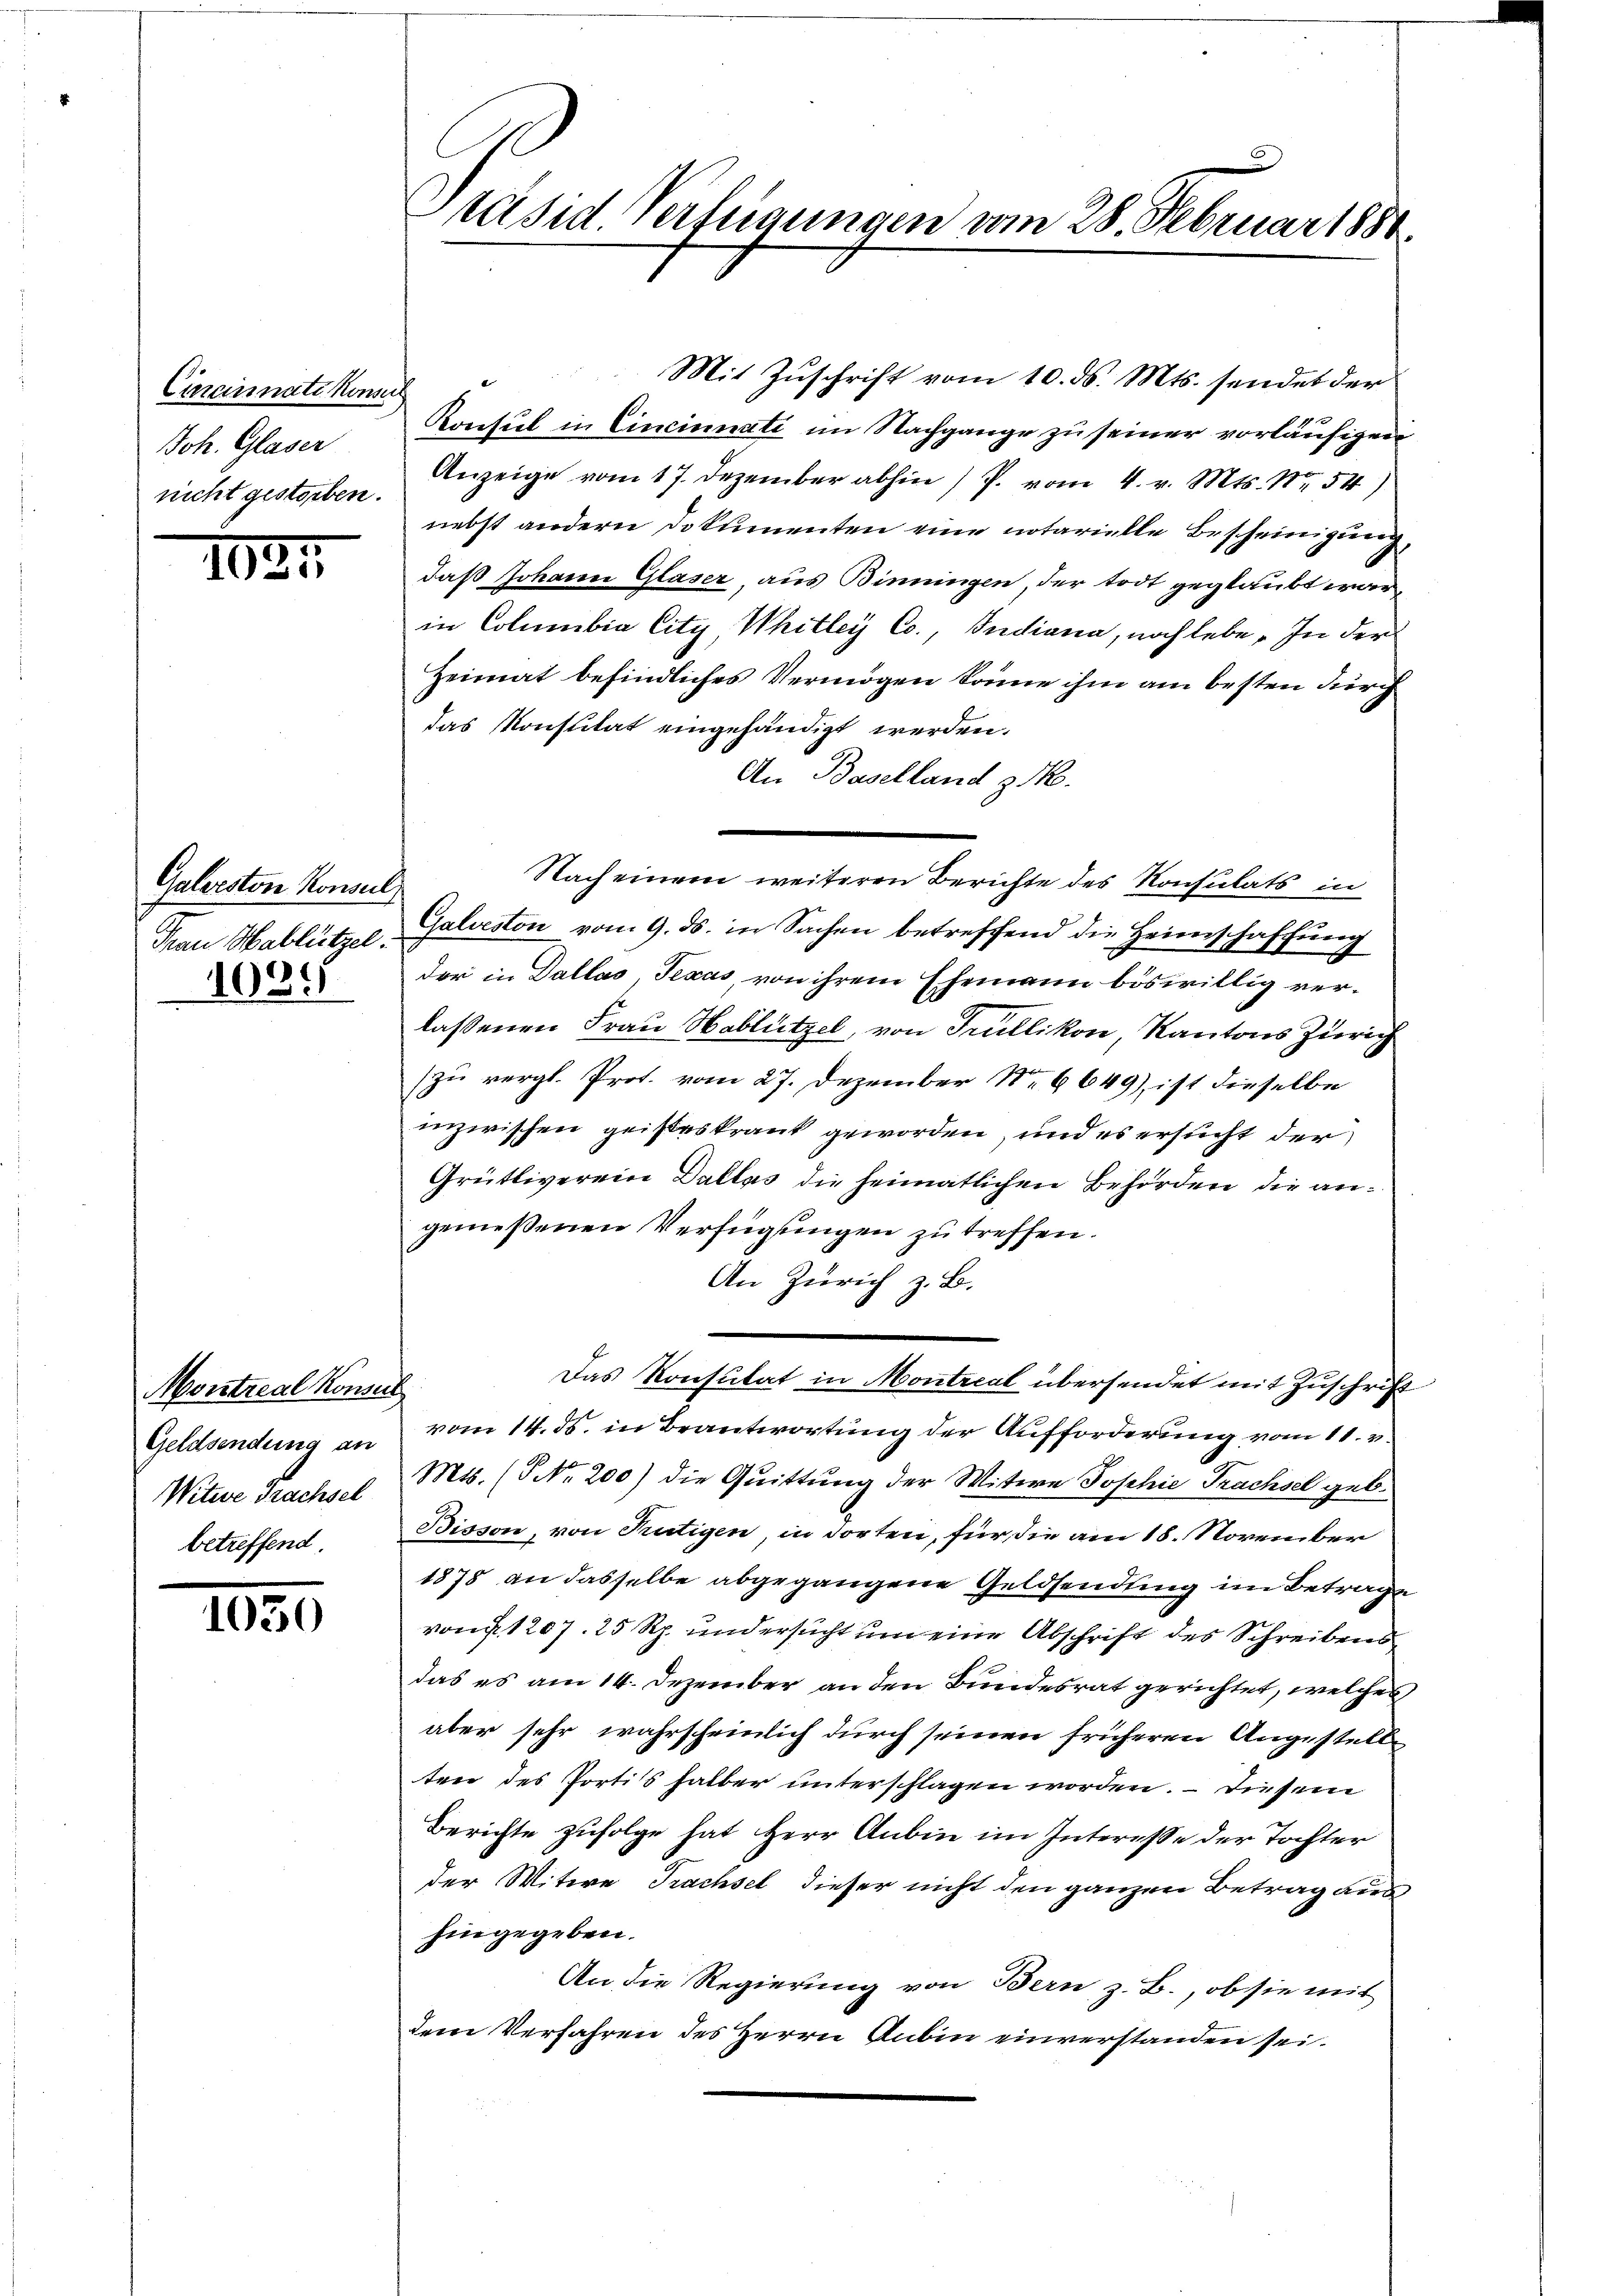
Cincinati Konser
Joh. Glaser
nicht gestorben.

1027.

Galerston Konsul
Frau Hablützel.

1085

Montreal Konser
Geldsendung an
Witwe Trachsel
betreffend

1050

päsid. Verfügungen vom 28. Februar 1881.

Mit Zuschrift vom 10. ds. Mts. sendet der
Konsul in Cincinati im Nachgange zu seiner vorläufigen
Anzeige vom 17. Dezember abhin / P. vom 4. v. Mts. Nr. 54)
nebst andern Dokumenten eine notarielle Bescheinigung,
daß Johann Glaser aus Binningen, der todt geglaubt war,
in Columbia City Whitley Co., Indiana, noch lebe. In der
Heimat befindliches Vermögen könne ihm am besten durch
das Konstitat eingehändigt werden.
An Baselland z.
Nach einem weiteren Berichte des Konsulats in
Galveston vom 9. ds. in Sachen betreffend die Heimschaffung
der in Dallas, Texas, von ihrem Ehemann böswillig verlassenen Frau Hablützel, von Trüllikon, Kantons Zürich
zu vergl. Prot. vom 27. Dezember Nr. 6649), ist dieselbe
inzwischen geisteskrank geworden, und es ersucht der
Grütliverein Dalles die heimatlichen Behörden die angemeßenen Verfügungen zu treffen.
An Zürich z. B.
Das Konsulat in Montreal übersendet mit Zuschrift
vom 14. ds. in Beantwortung der Aufforderung vom 11. v.
Mts. (T NNo. 200) die Quittung der Witwe Jophie Prachsel geb.
Bisson, von Rütigen, in dorten, für die am 18. November
1878 an dasselbe abgegangene Geldsendung im Betrage
von 1207. 25 Rp. und ersucht um eine Abschrift des Schreibensdas es am 14. Dezember an den Bundesrat gerichtet, welches
aber sehr wahrscheinlich durch seinen früheren Angestell
ten des Portis halber unterschlagen worden. – Diesem
Berichte zufolge hat Herr Anbin im Interesse der Tochter
der Witwe Trachsel dieser nicht den ganzen Betrag aus
hingegeben.
An die Regierung von Bern z. B., ob sie mit
dem Verfahren des Herrn Anbin einverstanden sei.